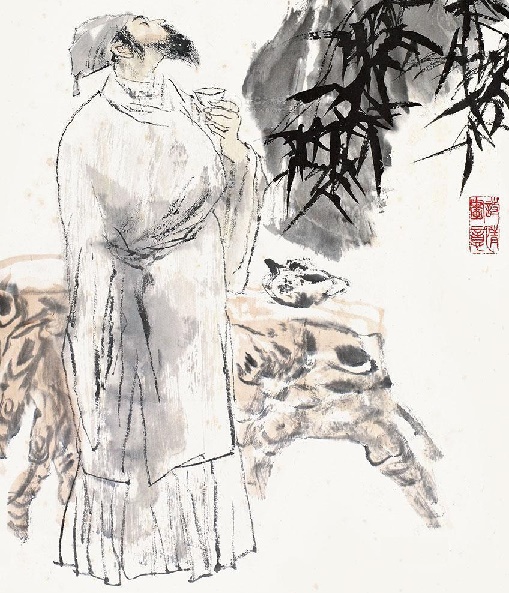
泻水置平地，各自东西南北流。